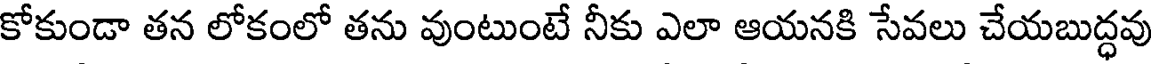
కోకుండా తన లోకంలో తను వుంటుంటే నీకు ఎలా ఆయనకి సేవలు చేయబుద్ధవు